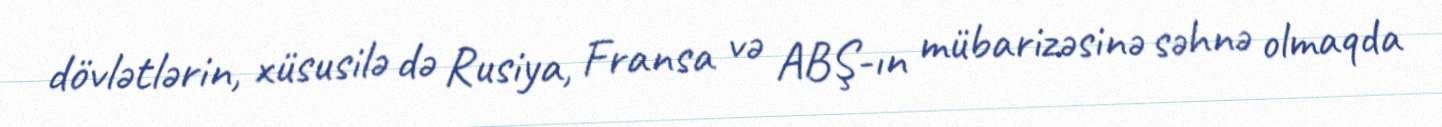
dövlətlərin, xüsusilə də Rusiya, Fransa və ABŞ-ın mübarizəsinə səhnə olmaqda